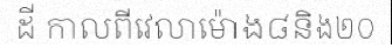
ដី កាលពីវេលាម៉ោង៨និង២០